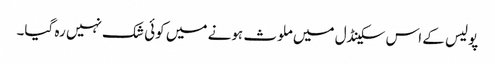
پولیس کے اس سکینڈل میں ملوث ہونے میں کوئی شک نہیں رہ گیا۔